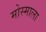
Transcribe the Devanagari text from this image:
मोस्माला